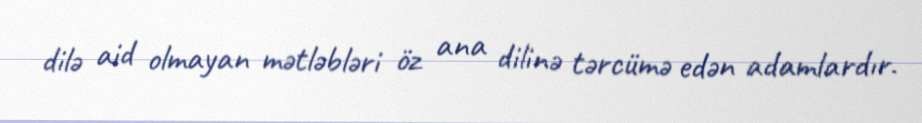
dilə aid olmayan mətləbləri öz ana dilinə tərcümə edən adamlardır.